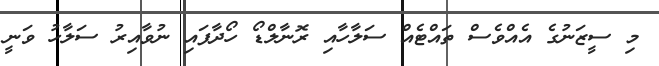
މި ސީޒަނުގެ އެއްވެސް ތައްޓެއް ސަލާހާއި ރޮނާލްޑޯ ހޯދާފައި ނުވާއިރު ސަލާހު ވަނީ